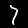
Digit: 7